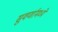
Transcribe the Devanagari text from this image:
सुवर्णामध्ये